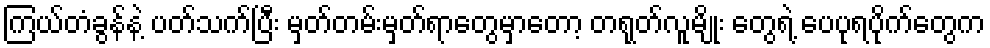
ကြယ်တံခွန်နဲ့ ပတ်သက်ပြီး မှတ်တမ်းမှတ်ရာတွေမှာတော့ တရုတ်လူမျိုး တွေရဲ့ ပေပုရပိုက်တွေက